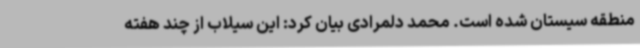
منطقه سیستان شده است. محمد دلمرادی بیان کرد: این سیلاب از چند هفته